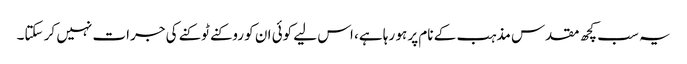
یہ سب کچھ مقدس مذہب کے نام پر ہو رہا ہے، اس لیے کوئی ان کو روکنے ٹوکنے کی جرات نہیں کر سکتا۔